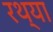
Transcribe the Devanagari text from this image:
रथ्या